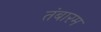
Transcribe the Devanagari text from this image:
तंबारम